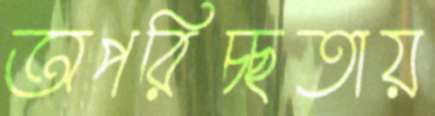
অপরিচ্ছতায়